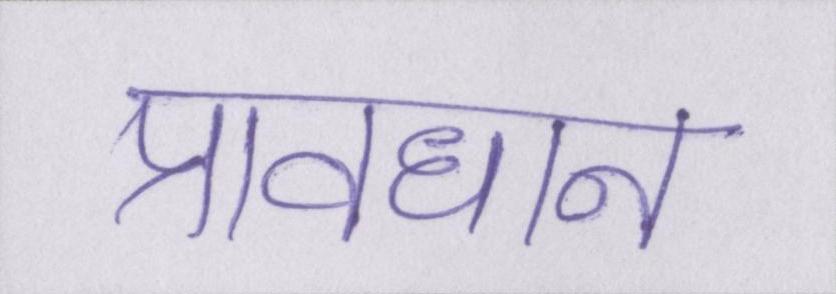
प्रावधान